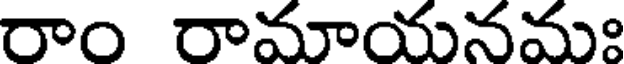
రాం రామాయనమః